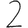
Digit: 2